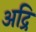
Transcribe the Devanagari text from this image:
अद्रि